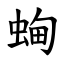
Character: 蜔